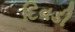
દિવડી